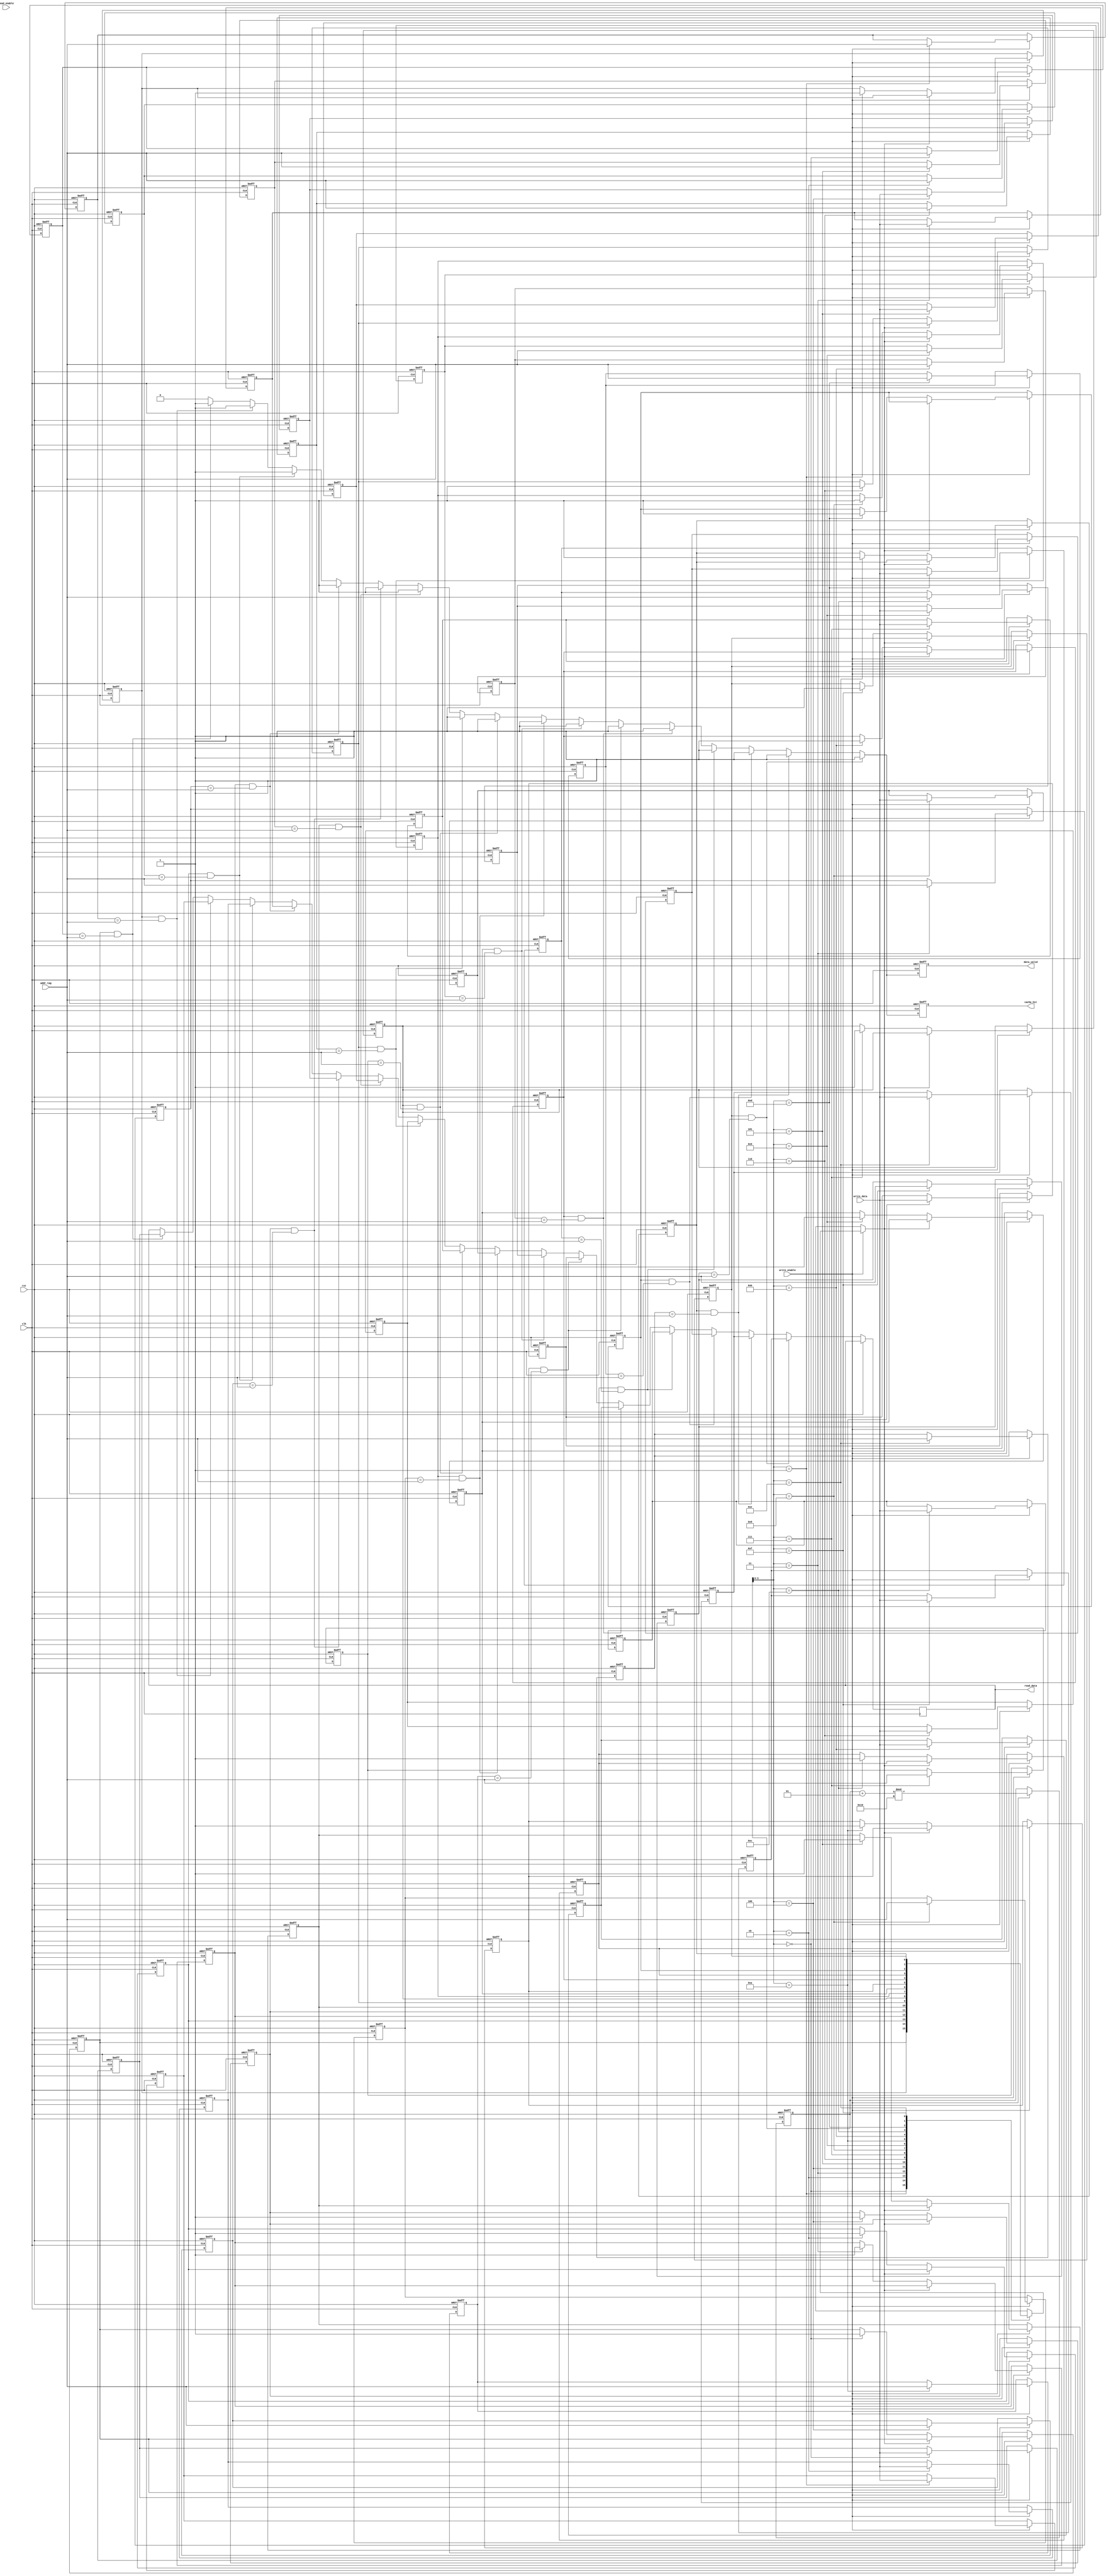
module fully_associative_cache #(
    parameter DATA_WIDTH = 32,      // Width of data block
    parameter TAG_WIDTH = 10,        // Width of tag
    parameter CACHE_SIZE = 16        // Number of cache lines
)(
    input wire clk,
    input wire rst,
    input wire [TAG_WIDTH-1:0] addr_tag, // Tag from the address
    input wire [DATA_WIDTH-1:0] write_data, // Data to write
    input wire read_enable,            // Read enable signal
    input wire write_enable,           // Write enable signal
    output reg [DATA_WIDTH-1:0] read_data, // Data output
    output reg cache_hit,              // Cache hit signal
    output reg data_valid               // Data valid signal
);

    // Cache line structure
    reg [DATA_WIDTH-1:0] cache_data [0:CACHE_SIZE-1]; // Data storage
    reg [TAG_WIDTH-1:0] cache_tag [0:CACHE_SIZE-1];   // Tag storage
    reg cache_valid [0:CACHE_SIZE-1];                  // Valid bits

    // Replacement policy: simple FIFO (First-In-First-Out)
    integer lru_index; // Index for LRU replacement

    // Initialize cache
    integer i;
    always @(posedge clk or posedge rst) begin
        if (rst) begin
            for (i = 0; i < CACHE_SIZE; i = i + 1) begin
                cache_valid[i] <= 1'b0;
                cache_tag[i] <= {TAG_WIDTH{1'b0}};
                cache_data[i] <= {DATA_WIDTH{1'b0}};
            end
            lru_index <= 0; // Reset LRU index
            cache_hit <= 1'b0;
            data_valid <= 1'b0;
        end else begin
            cache_hit <= 1'b0; // Reset cache hit signal
            data_valid <= 1'b0; // Reset data valid signal

            // Lookup logic
            for (i = 0; i < CACHE_SIZE; i = i + 1) begin
                if (cache_valid[i] && (cache_tag[i] == addr_tag)) begin
                    // Cache hit
                    read_data <= cache_data[i];
                    cache_hit <= 1'b1;
                    data_valid <= 1'b1;
                end
            end

            // Write logic
            if (write_enable) begin
                // Check for an empty line or use LRU policy
                if (cache_valid[lru_index] == 1'b0) begin
                    // Empty line found
                    cache_tag[lru_index] <= addr_tag;
                    cache_data[lru_index] <= write_data;
                    cache_valid[lru_index] <= 1'b1;
                end else begin
                    // Evict the LRU line
                    cache_tag[lru_index] <= addr_tag;
                    cache_data[lru_index] <= write_data;
                end
                // Update LRU index for next write
                lru_index <= (lru_index + 1) % CACHE_SIZE;
            end
        end
    end
endmodule